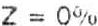
Z = 0%